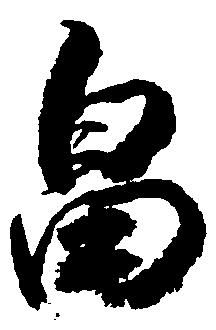
畠